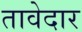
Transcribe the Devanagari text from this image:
तावेदार